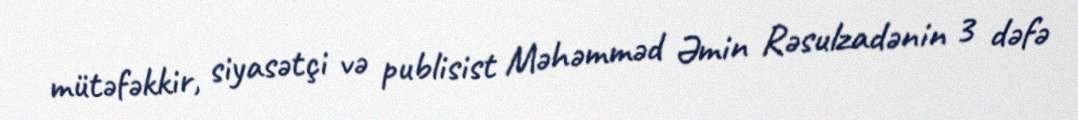
mütəfəkkir, siyasətçi və publisist Məhəmməd Əmin Rəsulzadənin 3 dəfə